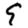
Digit: 9